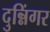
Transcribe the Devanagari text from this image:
दुन्निंगर